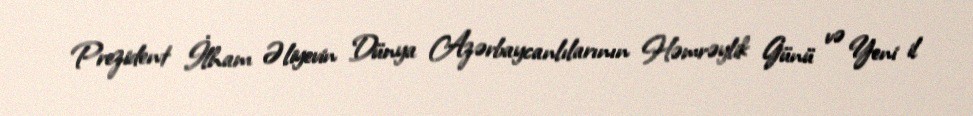
Prezident İlham Əliyevin Dünya Azərbaycanlılarının Həmrəylik Günü və Yeni il